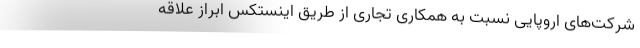
شرکت‌های اروپایی نسبت به همکاری تجاری از طریق اینستکس ابراز علاقه